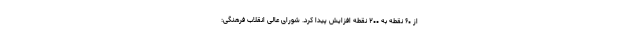
از ۶۰ نقطه به ۲۰۰ نقطه افزایش پیدا کرد. شورای عالی انقلاب فرهنگی: